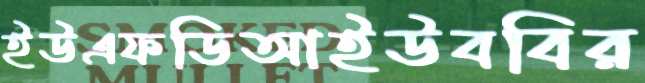
ইউএফডিআইউববির